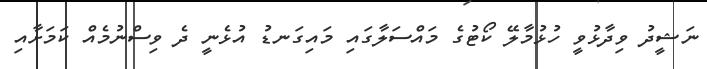
ނަޝީދު ވިދާޅުވީ ހުޅުމާލޭ ކޯޓުގެ މައްސަލާގައި މައިގަނޑު އުޅެނީ ދެ ވިސްނުމެއް ކަމަށާއި